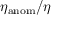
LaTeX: \eta _ { \mathrm { a n o m } } / \eta